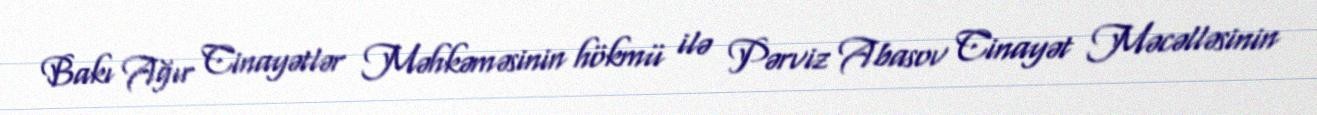
Bakı Ağır Cinayətlər Məhkəməsinin hökmü ilə Pərviz Abasov Cinayət Məcəlləsinin